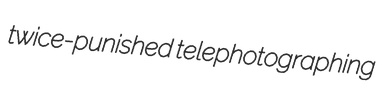
twice-punished telephotographing